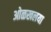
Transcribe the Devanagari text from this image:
ओळखलया